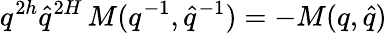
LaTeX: q^{2h}\hat{q}^{2H}\, M(q^{-1},\hat{q}^{-1})=-M(q,\hat{q})